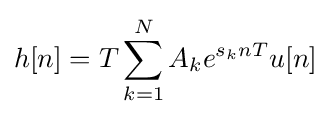
h[n]=T\sum _{k=1}^{N}{A_{k}e^{s_{k}nT}u[n]}